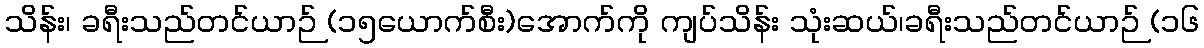
သိန်း၊ ခရီးသည်တင်ယာဉ် (၁၅ယောက်စီး)အောက်ကို ကျပ်သိန်း သုံးဆယ်၊ခရီးသည်တင်ယာဉ် (၁၆